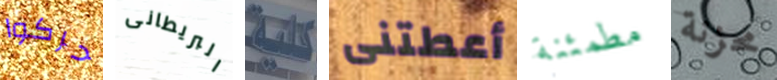
حركوا البريطانى كلية أعطتنى مطمئنة محزنة